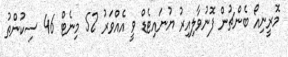
މޮރީނިއޯ ބެންޗުން ފޮނުވާލިއިރު ޔުނައިޓެޑް ވީ އެއްވަރު 52 މިނެޓް 46 ސިކުންތު